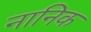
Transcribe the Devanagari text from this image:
नानिक